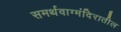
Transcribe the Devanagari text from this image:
समर्थवाग्मंदिरातील